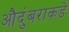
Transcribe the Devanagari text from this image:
औदुंबराकडे